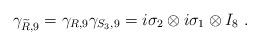
LaTeX: \begin{align*}\gamma_{{\widetilde R},9}=\gamma_{R,9}\gamma_{S_3,9}=i\sigma_2\otimes i\sigma_1\otimes I_8~.\end{align*}